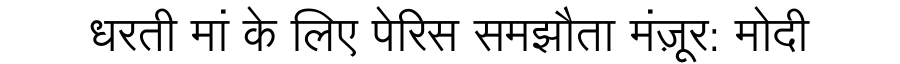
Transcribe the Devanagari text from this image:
धरती मां के लिए पेरिस समझौता मंज़ूर: मोदी